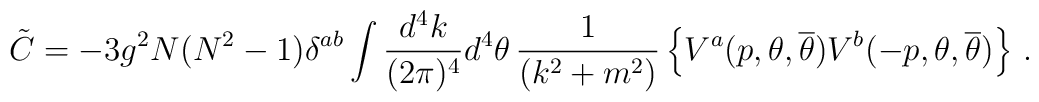
\tilde{C} = -3 g^{2} N(N^{2}-1) \delta^{ab}	\int \frac{d^{4}k}{(2\pi)^{4}} d^{4}\theta \, 	\frac{1}{(k^{2}+m^{2})} 	\left\{ V^{a}(p,\theta,{\overline\theta}) 	V^{b}(-p,\theta,{\overline\theta}) \right\} \, .